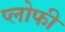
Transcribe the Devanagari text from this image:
प्लोफी